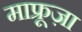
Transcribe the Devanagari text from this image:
माफ्रूज़ा